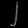
Digit: ၂